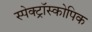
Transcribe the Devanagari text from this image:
स्पेक्ट्रॉस्कोपिक